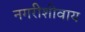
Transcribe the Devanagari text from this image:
नगरीशीवाय